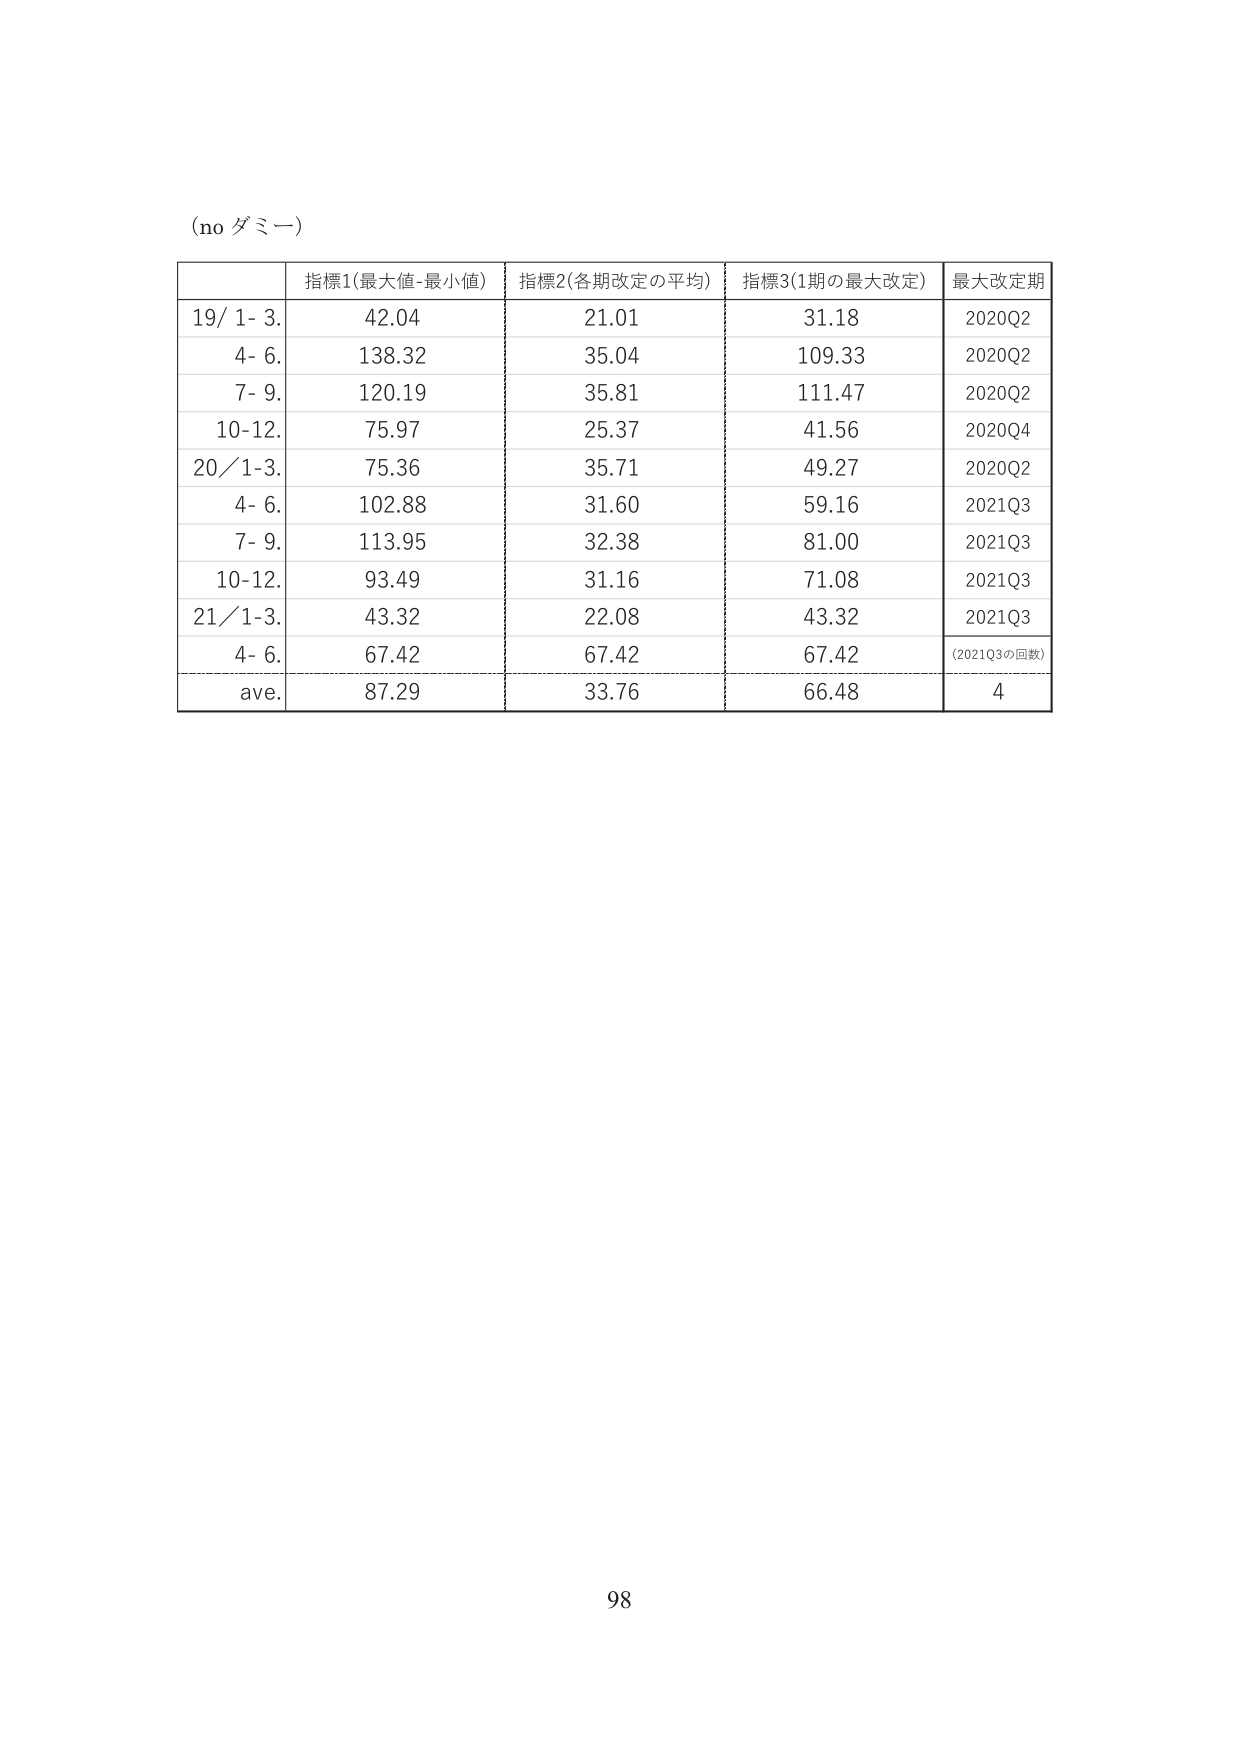
(no ダミー)

指標1(最大値-最小値) 指標2(各期改定の平均) 指標3(1期の最大改定) 最大改定期
19/ 1- 3. 42.04 21.01 31.18 2020Q2
4- 6. 138.32 35.04 109.33 2020Q2
7- 9. 120.19 35.81 111.47 2020Q2
10-12. 75.97 25.37 41.56 2020Q4
20/ 1-3. 75.36 35.71 49.27 2020Q2
4- 6. 102.88 31.60 59.16 2021Q3
7- 9. 113.95 32.38 81.00 2021Q3
10-12. 93.49 31.16 71.08 2021Q3
21/ 1-3. 43.32 22.08 43.32 2021Q3
4- 6. 67.42 67.42 67.42 (2021Q3の回数)
ave. 87.29 33.76 66.48 4

98